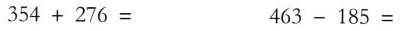
$$3 5 4 + 2 7 6 =$$ $$4 6 3 - 1 8 5 =$$